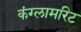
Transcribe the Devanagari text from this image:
कंग्लामरिट